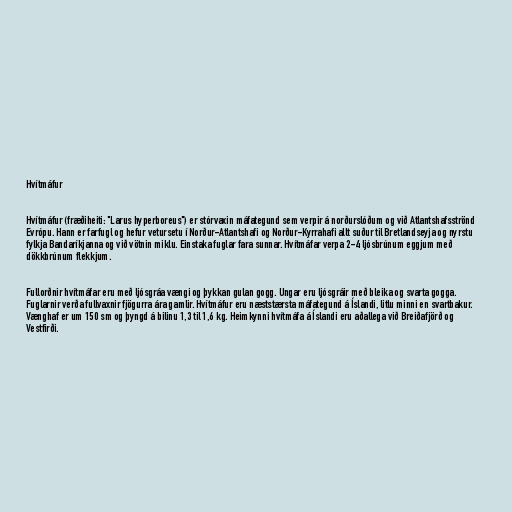
Hvítmáfur

Hvítmáfur (fræðiheiti: "Larus hyperboreus") er stórvaxin máfategund sem verpir á norðurslóðum og við Atlantshafsströnd
Evrópu. Hann er farfugl og hefur vetursetu í Norður-Atlantshafi og Norður-Kyrrahafi allt suður til Bretlandseyja og nyrstu
fylkja Bandaríkjanna og við vötnin miklu. Einstaka fuglar fara sunnar. Hvítmáfar verpa 2-4 ljósbrúnum eggjum með
dökkbrúnum flekkjum.

Fullorðnir hvítmáfar eru með ljósgráa vængi og þykkan gulan gogg. Ungar eru ljósgráir með bleika og svarta gogga.
Fuglarnir verða fullvaxnir fjögurra ára gamlir. Hvítmáfur eru næststærsta máfategund á Íslandi, litlu minni en svartbakur.
Vænghaf er um 150 sm og þyngd á bilinu 1,3 til 1,6 kg. Heimkynni hvítmáfa á Íslandi eru aðallega við Breiðafjörð og
Vestfirði.